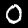
Digit: 0